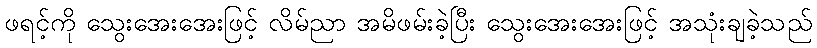
ဖရင့်ကို သွေးအေးအေးဖြင့် လိမ်ညာ အမိဖမ်းခဲ့ပြီး သွေးအေးအေးဖြင့် အသုံးချခဲ့သည်